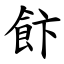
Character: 飰